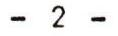
- 2 -